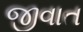
જીવાત